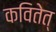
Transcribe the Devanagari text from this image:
कवितेत्